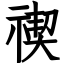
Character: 禊